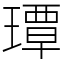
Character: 㻼